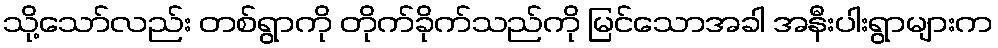
သို့သော်လည်း တစ်ရွာကို တိုက်ခိုက်သည်ကို မြင်သောအခါ အနီးပါးရွာများက